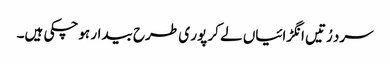
سرد رُتیں انگڑائیاں لے کر پور ی طرح بیدار ہوچکی ہیں۔